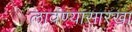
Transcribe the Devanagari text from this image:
लावण्यासारखा